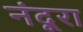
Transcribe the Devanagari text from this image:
नंदूरा